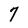
Character: 7